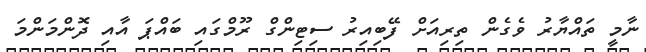
ނާމީ ތައްޔާރު ވެގެން ތިރިއަށް ފޭބިއިރު ސިޓިންގް ރޫމްގައި ބައްޕަ އާއި ދޮންމަންމަ